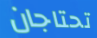
تحتاجان